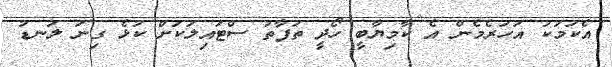
އެކަމަކު އަހަރެމެން އެ ކާމިޔާބީ ހޯދީ ތަފާތު ސްޓައިލަކަށް ކުޅެ ގިނަ ލަނޑު